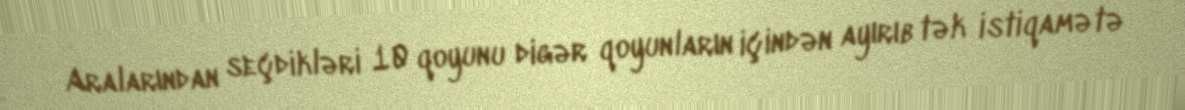
Aralarından seçdikləri 10 qoyunu digər qoyunların içindən ayırıb tək istiqamətə